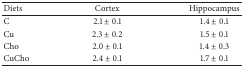
<table><thead><tr><td><b>Diets</b></td><td><b>Cortex</b></td><td><b>Hippocampus</b></td></tr></thead><tbody><tr><td>C</td><td>2.1 ± 0.1</td><td>1.4 ± 0.1</td></tr><tr><td>Cu</td><td>2.3 ± 0.2</td><td>1.5 ± 0.1</td></tr><tr><td>Cho</td><td>2.0 ± 0.1</td><td>1.4 ± 0.3</td></tr><tr><td>CuCho</td><td>2.4 ± 0.1</td><td>1.7 ± 0.1</td></tr></tbody></table>